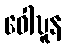
ဝေါဎူန